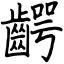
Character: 齶